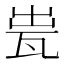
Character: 𤬼